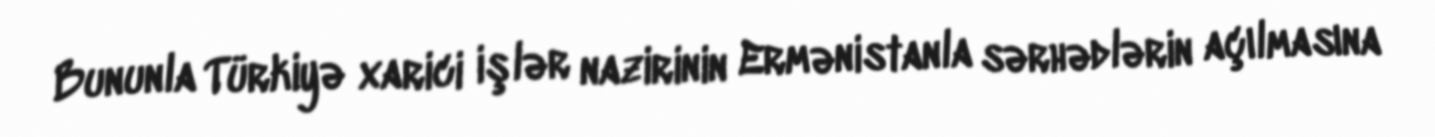
Bununla Türkiyə xarici işlər nazirinin Ermənistanla sərhədlərin açılmasına